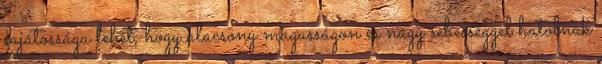
sajátossága lehet, hogy alacsony magasságon és nagy sebességgel hatolnak